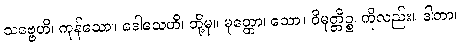
သဗ္ဗေဟိ၊ ကုန်သော။ ဒေါသေဟိ၊ တို့မှ။ မုတ္တော၊ သော။ ဝိမုတ္တိဉ္စ၊ ကိုလည်း။ ဒါတာ၊